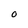
Character: 0